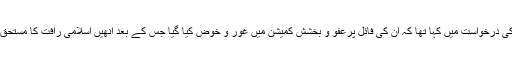
عدلیہ کے سربراہ آیت اللہ ہاشمی شاہرودی نے ایک خط میں ان 3510کی سزاؤں میں کمی یا معاف کرنے کی درخواست میں کہا تھا کہ ان کی فائل پرعفو و بخشش کمیشن میں غور و خوض کیا گیا جس کے بعد انھیں اسلامی رافت کا مستحق قراردیا گیا ہے رہبر معظم انقلاب اسلامی نے عدلیہ کے سربراہ کی اس درخواست سے موافقت فرمائی ہے۔